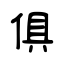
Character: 俱